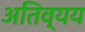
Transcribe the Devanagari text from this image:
अतिव्यय